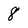
Character: 8